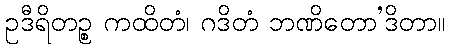
ဥဒီရိတဉ္စ ကထိတံ၊ ဂဒိတံ ဘဏိတော’ဒိတာ။